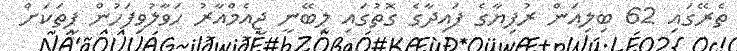
ތެރޭގައި 62 ބިލިއަން ރުފިޔާގެ ފައިދާގެ ގޮތުގައި ލިބޭނީ ޖީއެމްއާރު ހަވާލުވިފަހުން ފީތަކަށް